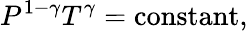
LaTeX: P^{1-\gamma}T^{\gamma}={\mathrm{constant}},